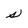
Character: s